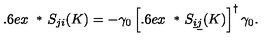
\displaystyle { \raisebox { 0 . 6 e x } { \scriptsize { * } } } \! S _ { j i } ( K ) = - \gamma _ { 0 } \left[ \displaystyle { \raisebox { 0 . 6 e x } { \scriptsize { * } } } \! S _ { \underline { { i } } \underline { { j } } } ( K ) \right] ^ { \dagger } \gamma _ { 0 } .